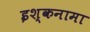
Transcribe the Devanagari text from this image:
इश्कनामा